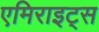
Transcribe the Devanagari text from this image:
एमिराइट्स